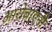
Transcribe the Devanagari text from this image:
आरोबाएनी